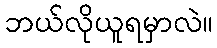
ဘယ်လိုယူရမှာလဲ။